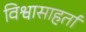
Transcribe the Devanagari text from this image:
विश्वासाहर्ता